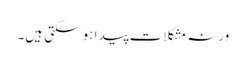
ورنہ مشکلات پیدا ہو سکتی ہیں۔